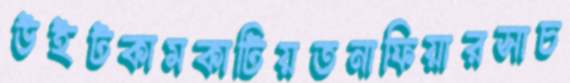
উইটকামকাটিয়তনাফিয়ারসাচ